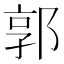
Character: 郭